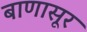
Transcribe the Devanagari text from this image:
बाणासूर